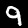
Label: 9